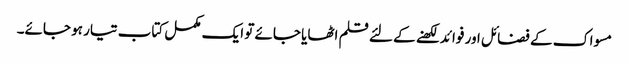
مسواک کے فضائل اور فوائد لکھنے کے لئے قلم اٹھایا جائے تو ایک مکمل کتاب تیار ہو جائے۔